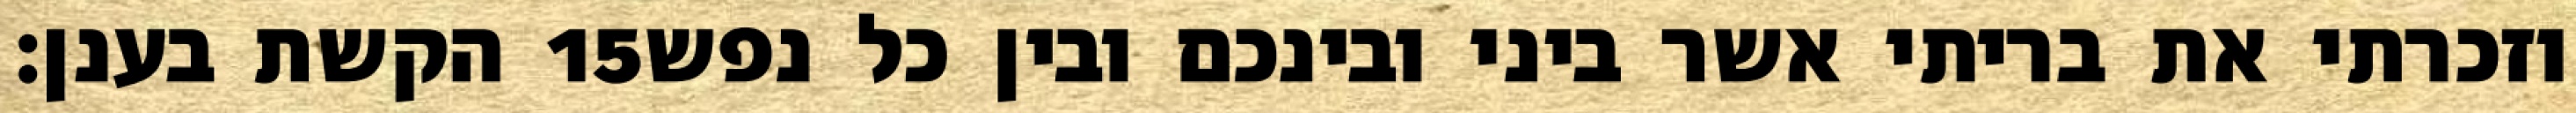
הקשת בענן׃ ‎15‏ וזכרתי את בריתי אשר ביני ובינכם ובין כל נפש